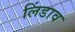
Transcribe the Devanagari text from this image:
लिंडाव